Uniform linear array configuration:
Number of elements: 48
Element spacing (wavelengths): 0.25
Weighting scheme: hamming
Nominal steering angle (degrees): -15
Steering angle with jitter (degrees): -16.632
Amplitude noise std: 0.05
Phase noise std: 0.05

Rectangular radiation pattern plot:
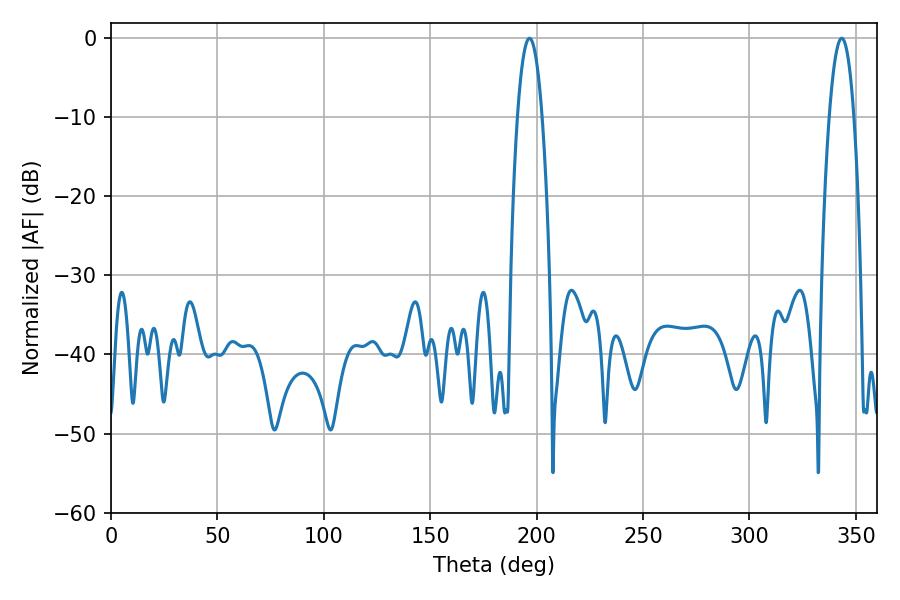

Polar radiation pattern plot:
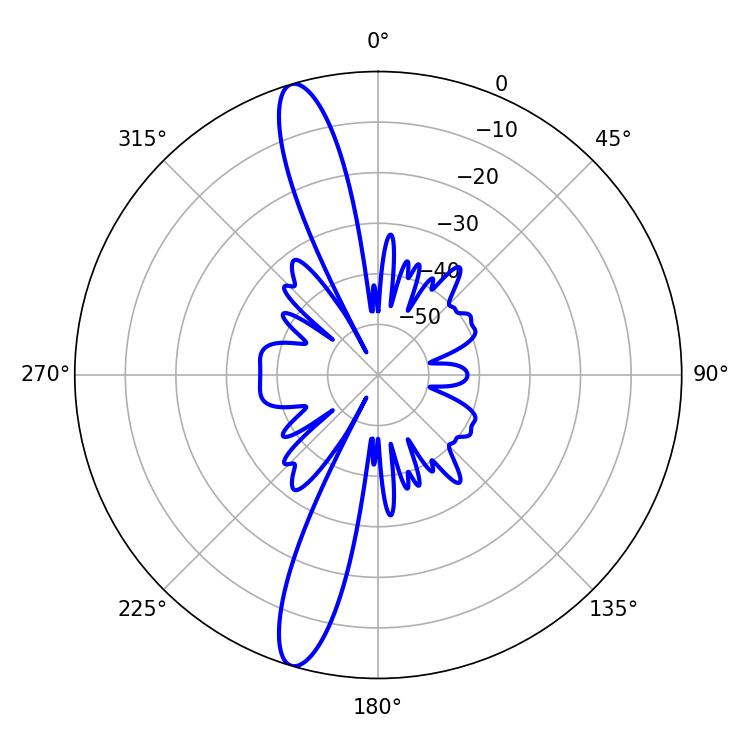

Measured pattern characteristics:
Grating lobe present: FALSE
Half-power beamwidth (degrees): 6.3
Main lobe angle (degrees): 196.56